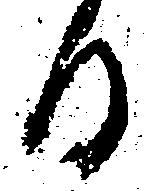
日